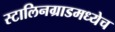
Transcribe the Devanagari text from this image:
स्टालिनग्राडमध्येच